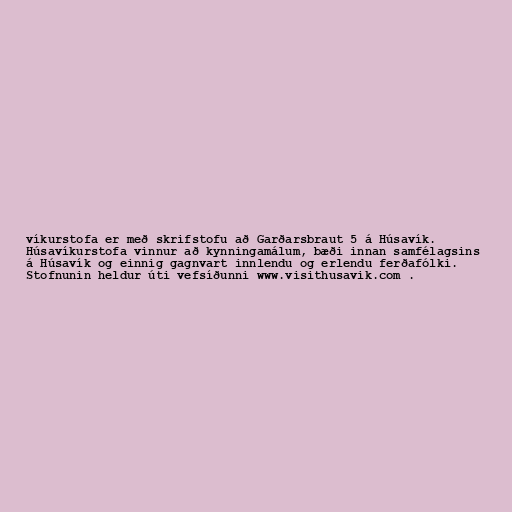
víkurstofa er með skrifstofu að Garðarsbraut 5 á Húsavík.
Húsavíkurstofa vinnur að kynningamálum, bæði innan samfélagsins
á Húsavík og einnig gagnvart innlendu og erlendu ferðafólki.
Stofnunin heldur úti vefsíðunni www.visithusavik.com .